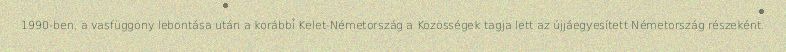
1990-ben, a vasfüggöny lebontása után a korábbi Kelet-Németország a Közösségek tagja lett az újjáegyesített Németország részeként.